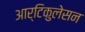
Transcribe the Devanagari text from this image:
आर्टिकुलेसन